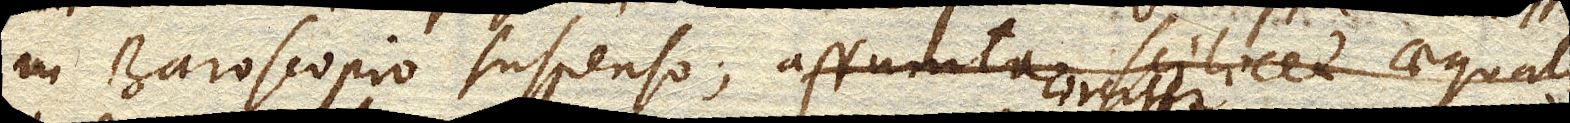
in Baroscopio suspenso; assumta scilicet aequali